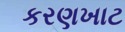
કરણખાટ